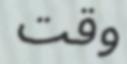
وقت